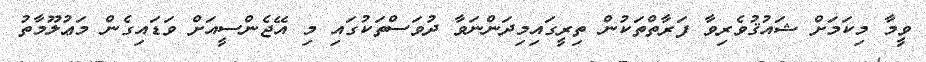
ވީމާ މިކަމަށް ޝައުޤުވެރިވާ ފަރާތްތަކުން ތިރީގައިމިދަންނަވާ ދުވަސްތަކުގައި މި އޭޖެންސީއަށް ވަޑައިގެން މަޢުލޫމާތު